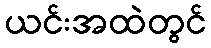
ယင်းအထဲတွင်